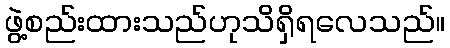
ဖွဲ့စည်းထားသည်ဟုသိရှိရလေသည်။